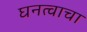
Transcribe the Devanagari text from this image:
घनत्वाचा